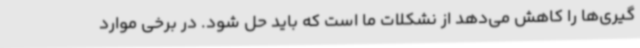
گیری‌ها را کاهش می‌دهد از نشکلات ما است که باید حل شود. در برخی موارد